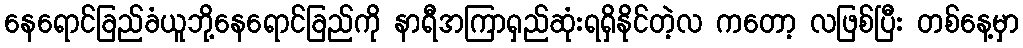
နေရောင်ခြည်ခံယူဘို့နေရောင်ခြည်ကို နာရီအကြာရှည်ဆုံးရရှိနိုင်တဲ့လ ကတော့ လဖြစ်ပြီး တစ်နေ့မှာ